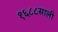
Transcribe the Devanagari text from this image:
१६८८साली